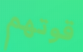
قوتهم